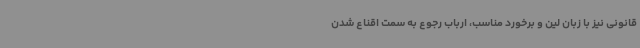
قانونی نیز با زبان لین و برخورد مناسب، ارباب رجوع به سمت اقناع شدن